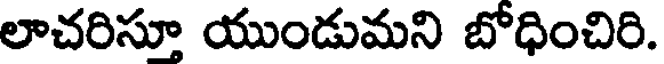
లాచరిసూ యుండుమని బోధించిరి.